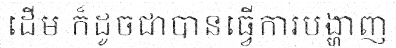
ដើម ក៏ដូចជាបានធ្វើការបង្ហាញ